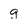
Character: g